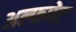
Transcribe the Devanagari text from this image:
अल्फपेट